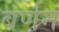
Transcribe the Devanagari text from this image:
बर्णन